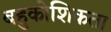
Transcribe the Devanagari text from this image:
बहुकोशिकता